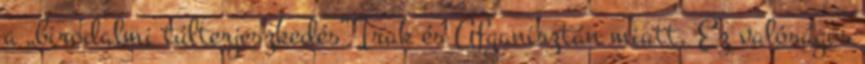
a „birodalmi túlterjeszkedés” Irak és Afganisztán miatt. Ez valóságos